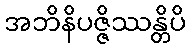
အဘိနိပဇ္ဇိဿန္တိပိ